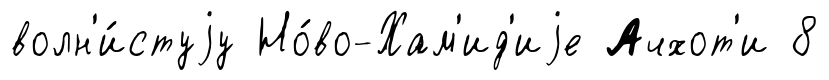
волн'и́стуjу Но́во-Хам'ид'иjе Ачхот'и 8